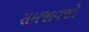
સમજાવજો